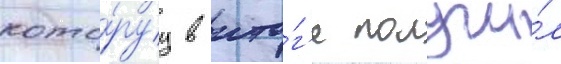
кото́руу в ито́г'е получи́л